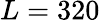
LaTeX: L=320